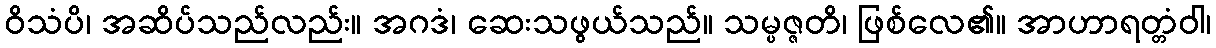
ဝိသံပိ၊ အဆိပ်သည်လည်း။ အဂဒံ၊ ဆေးသဖွယ်သည်။ သမ္ပဇ္ဇတိ၊ ဖြစ်လေ၏။ အာဟာရတ္တံဝါ၊